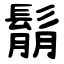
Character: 鬅